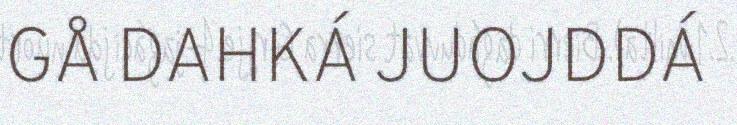
GÅ DAHKÁ JUOJDDÁ